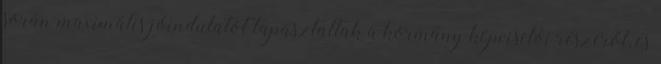
során maximális jóindulatot tapasztaltak a kormány képviselői részéről, és